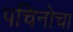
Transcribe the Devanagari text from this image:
पचिनोचा